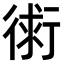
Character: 𧗷